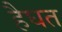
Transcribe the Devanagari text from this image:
हैघत